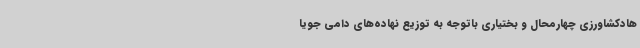
هادکشاورزی چهارمحال و بختیاری باتوجه به توزیع نهاده‌های دامی جویا